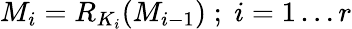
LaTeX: M_{i}=R_{K_{i}}(M_{i-1})\; ;\; i=1\dots r